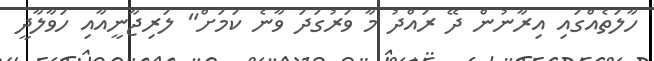
ހާލަތެއްގައި އިރާނުން ދޭ ރައްދު މާ ވަރުގަދަ ވާނެ ކަމަށް" ލަރިޖާނީއާއި ހަވާލާދީ